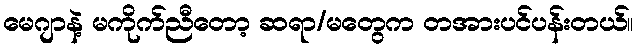
မေဂျာနဲ့ မကိုက်ညီတော့ ဆရာ/မတွေက တအားပင်ပန်းတယ်။